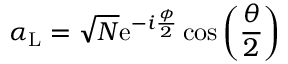
\alpha _ { \mathrm { L } } = \sqrt { N } \mathrm { e } ^ { - i \frac { \phi } { 2 } } \cos \left( \frac { \theta } { 2 } \right)